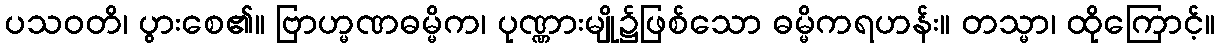
ပသဝတိ၊ ပွားစေ၏။ ဗြာဟ္မဏဓမ္မိက၊ ပုဏ္ဏားမျို၌ဖြစ်သော ဓမ္မိကရဟန်း။ တသ္မာ၊ ထိုကြောင့်။